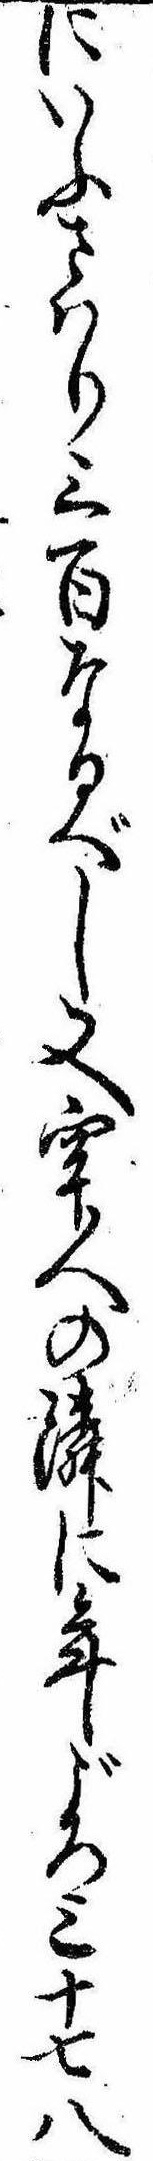
にいふさはり三百なるべし又牢人の隣に年ごろ三十七八